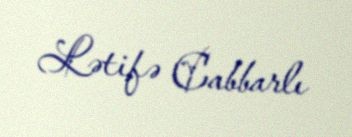
Lətifə Cabbarlı